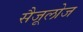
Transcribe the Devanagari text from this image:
सैजूलोज